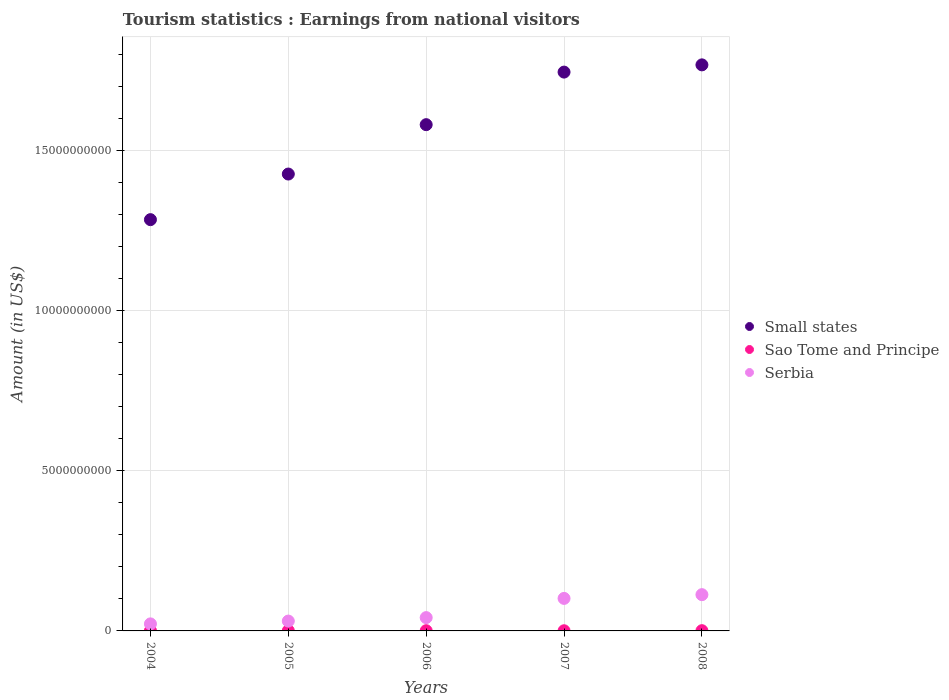
| Years | Small states | Sao Tome and Principe | Serbia |
 | --- | --- | --- | --- |
 | 2004 | 1.29e+10 | 7.7e+06 | 2.2e+08 |
 | 2005 | 1.43e+10 | 7.3e+06 | 3.08e+08 |
 | 2006 | 1.58e+10 | 6.7e+06 | 4.16e+08 |
 | 2007 | 1.75e+10 | 5e+06 | 1.02e+09 |
 | 2008 | 1.77e+10 | 7.7e+06 | 1.13e+09 |